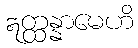
ဣတ္ထန္နာမေဟိ